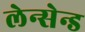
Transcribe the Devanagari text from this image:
लेन्सेन्ड